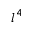
l ^ { 4 }